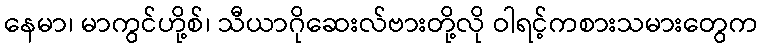
နေမာ၊ မာကွင်ဟို့စ်၊ သီယာဂိုဆေးလ်ဗားတို့လို ဝါရင့်ကစားသမားတွေက